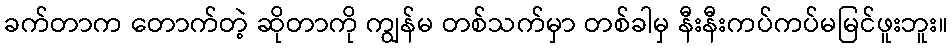
ခက်တာက တောက်တဲ့ ဆိုတာကို ကျွန်မ တစ်သက်မှာ တစ်ခါမှ နီးနီးကပ်ကပ်မမြင်ဖူးဘူး။